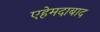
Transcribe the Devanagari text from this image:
एहेमदाबाद